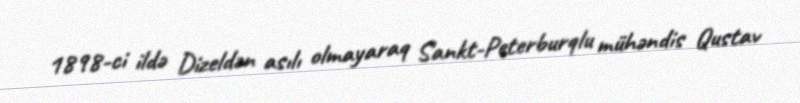
1898-ci ildə Dizeldən asılı olmayaraq Sankt-Peterburqlu mühəndis Qustav